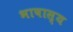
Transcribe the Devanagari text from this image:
भाषास्य